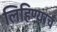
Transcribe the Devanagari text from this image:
लिहिण्याचं